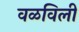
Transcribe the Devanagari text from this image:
वळविली